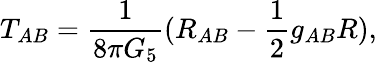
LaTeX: T_{AB}=\frac{1}{8\pi G_{5}}(R_{AB}-\frac{1}{2}g_{AB}R),